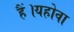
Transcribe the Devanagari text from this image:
हैं।यहोवा